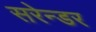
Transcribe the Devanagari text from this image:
सरेन्डर